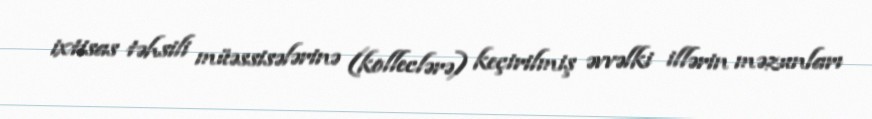
ixtisas təhsili müəssisələrinə (kolleclərə) keçirilmiş əvvəlki illərin məzunları